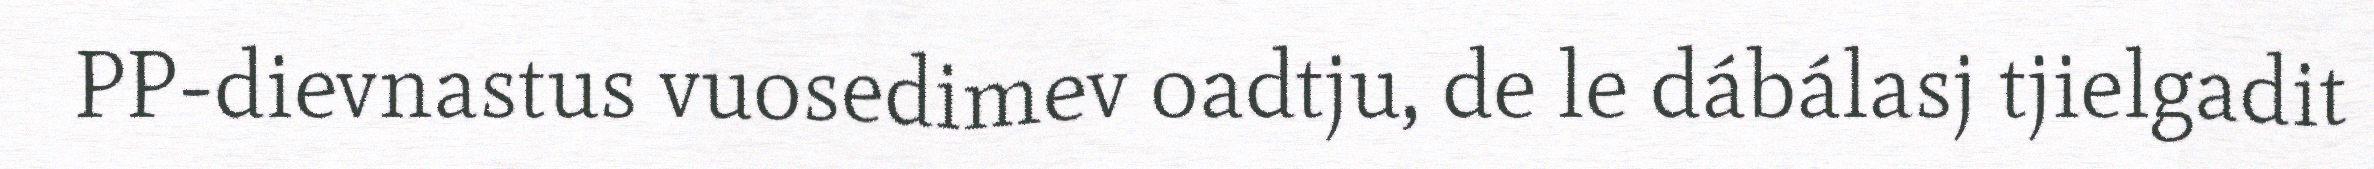
PP-dievnastus vuosedimev oadtju, de le dábálasj tjielgadit